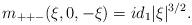
LaTeX: \begin{align*}m_{++-} (\xi,0,-\xi) = id_1|\xi|^{3/2}.\end{align*}